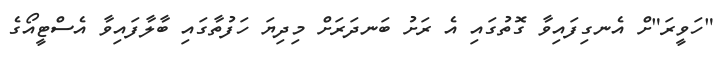
"ހަވީރަ"ށް އެނގިފައިވާ ގޮތުގައި އެ ރަށު ބަނދަރަށް މިދިޔަ ހަފުތާގައި ބާލާފައިވާ އެސްޓީއޯގެ